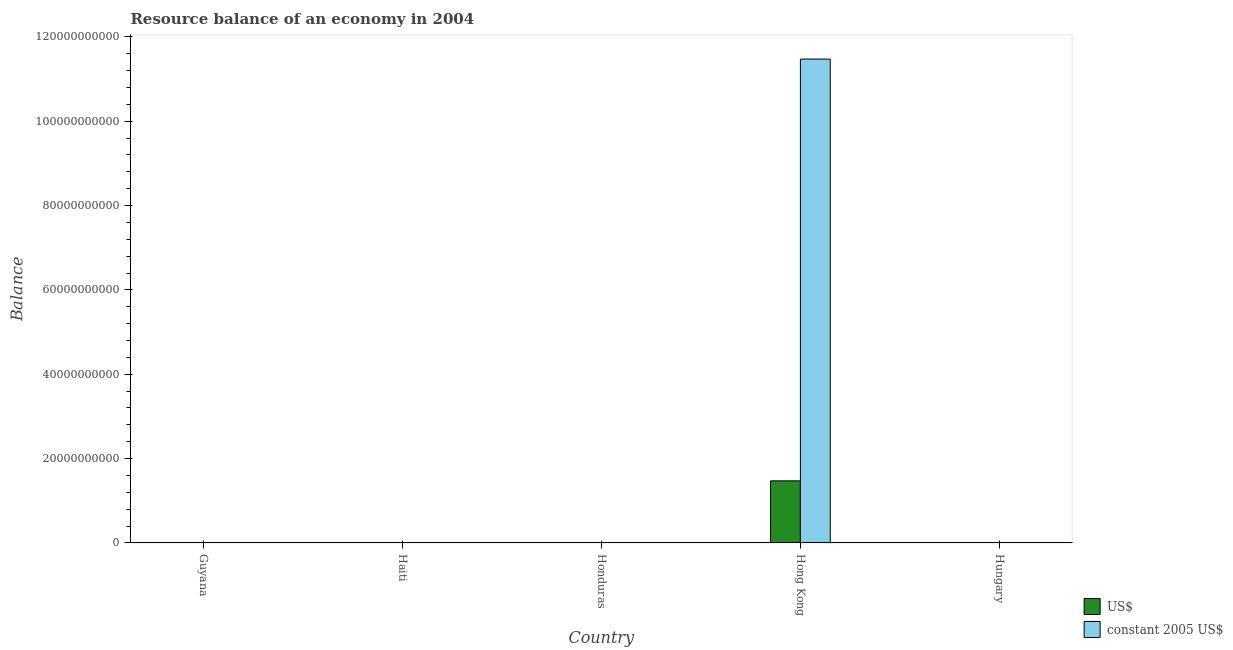
| Country | US$ | constant 2005 US$ |
 | --- | --- | --- |
 | Guyana | -7.75e+07 | -1.54e+10 |
 | Haiti | -1.01e+09 | -4.02e+10 |
 | Honduras | -1.63e+09 | -3.01e+10 |
 | Hong Kong | 1.47e+10 | 1.15e+11 |
 | Hungary | -4.08e+09 | -8.28e+11 |